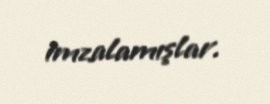
imzalamışlar.